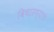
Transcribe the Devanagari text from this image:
विचारण्याचं